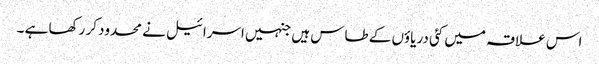
اس علاقہ میں کئی دریاؤں کے طاس ہیں جنہیں اسرائیل نے محدود کر رکھا ہے ۔